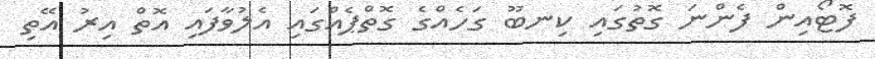
ފޮޓޯއިން ފެންނަ ގޮތުގައި ކިނބޫ ގަހެއްގެ ގޮތްޕެއްގައި އެލުވާފައި އޮތް އިރު އޭތި